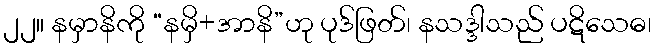
၂၂။ နမှာနိကို “နမှိ+အာနိ”ဟု ပုဒ်ဖြတ်၊ နသဒ္ဒါသည် ပဋိသေဓ၊